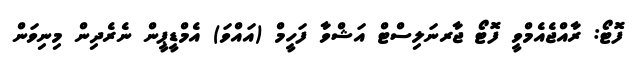
ފޮޓޯ: ރާއްޖެއެމްވީ ފޮޓޯ ޖާރނަލިސްޓް އަޝްވާ ފަހީމް (އައްވަ) އެމްޑީޕީން ނެރެދިން މިނިވަން